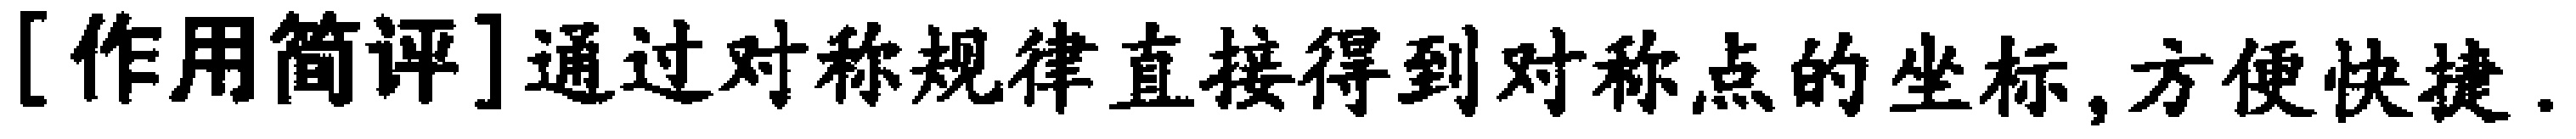
[作用简评]通过对称规律直接得到对称点的坐标,方便快捷.